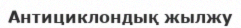
Антициклондық жылжу